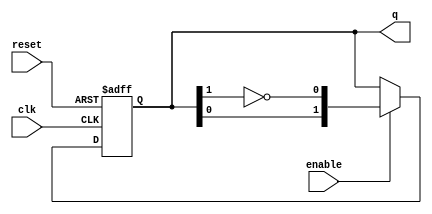
module modified_johnson_counter #(
    parameter n = 2  // Number of bits for the counter
)(
    input wire clk,      // Clock signal
    input wire reset,    // Reset signal
    input wire enable,   // Enable signal
    output reg [n-1:0] q // Output state of the counter
);

    // Internal signal for feedback
    wire feedback;

    // Feedback is the inverted output of the last flip-flop
    assign feedback = ~q[n-1];

    always @(posedge clk or posedge reset) begin
        if (reset) begin
            // Initialize the counter to 0 on reset
            q <= 0;
        end else if (enable) begin
            // Update the counter state
            q <= {q[n-2:0], feedback}; // Shift left and insert feedback
        end
    end

endmodule